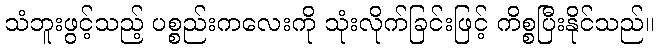
သံဘူးဖွင့်သည့် ပစ္စည်းကလေးကို သုံးလိုက်ခြင်းဖြင့် ကိစ္စပြီးနိုင်သည်။